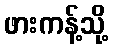
ဖားကန့်သို့